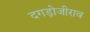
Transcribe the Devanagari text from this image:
दगड़ोजीराव